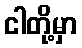
ငါတို့မှာ